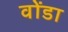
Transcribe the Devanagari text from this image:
वोंडा